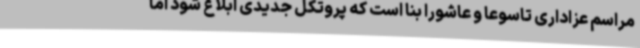
مراسم عزاداری تاسوعا و عاشورا بنا است که پروتکل جدیدی ابلاغ شود اما